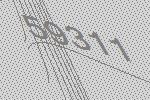
59311